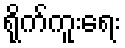
ရိုက်ကူးရေး